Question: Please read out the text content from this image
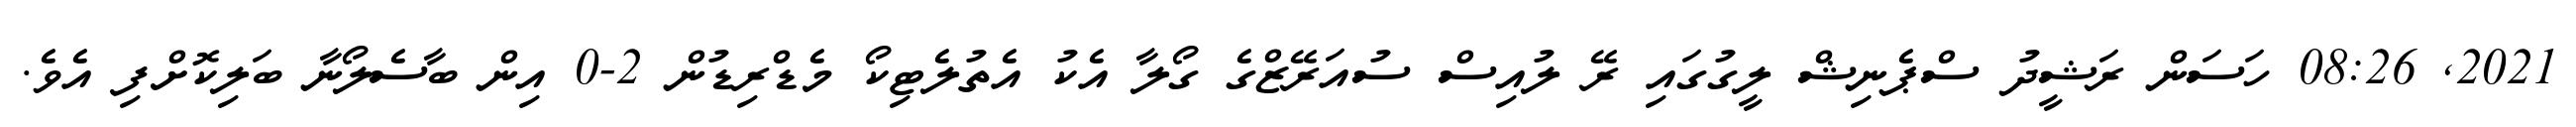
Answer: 2021, 08:26 ހަސަން ރަޝީދު ސްޕެނިޝް ލީގުގައި ރޭ ލުއިސް ސުއަރޭޒްގެ ގޯލާ އެކު އެތުލެޓިކޯ މެޑްރިޑުން 2-0 އިން ބާސެލޯނާ ބަލިކޮށްފި އެވެ.